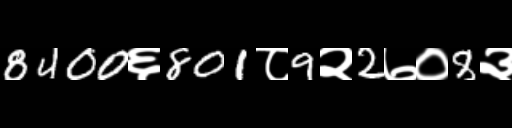
Text: 8400६801८9२2७०8३